NAE_ERA_R-2078_Sihtasutus_Eesti_Kontsert, lk 168
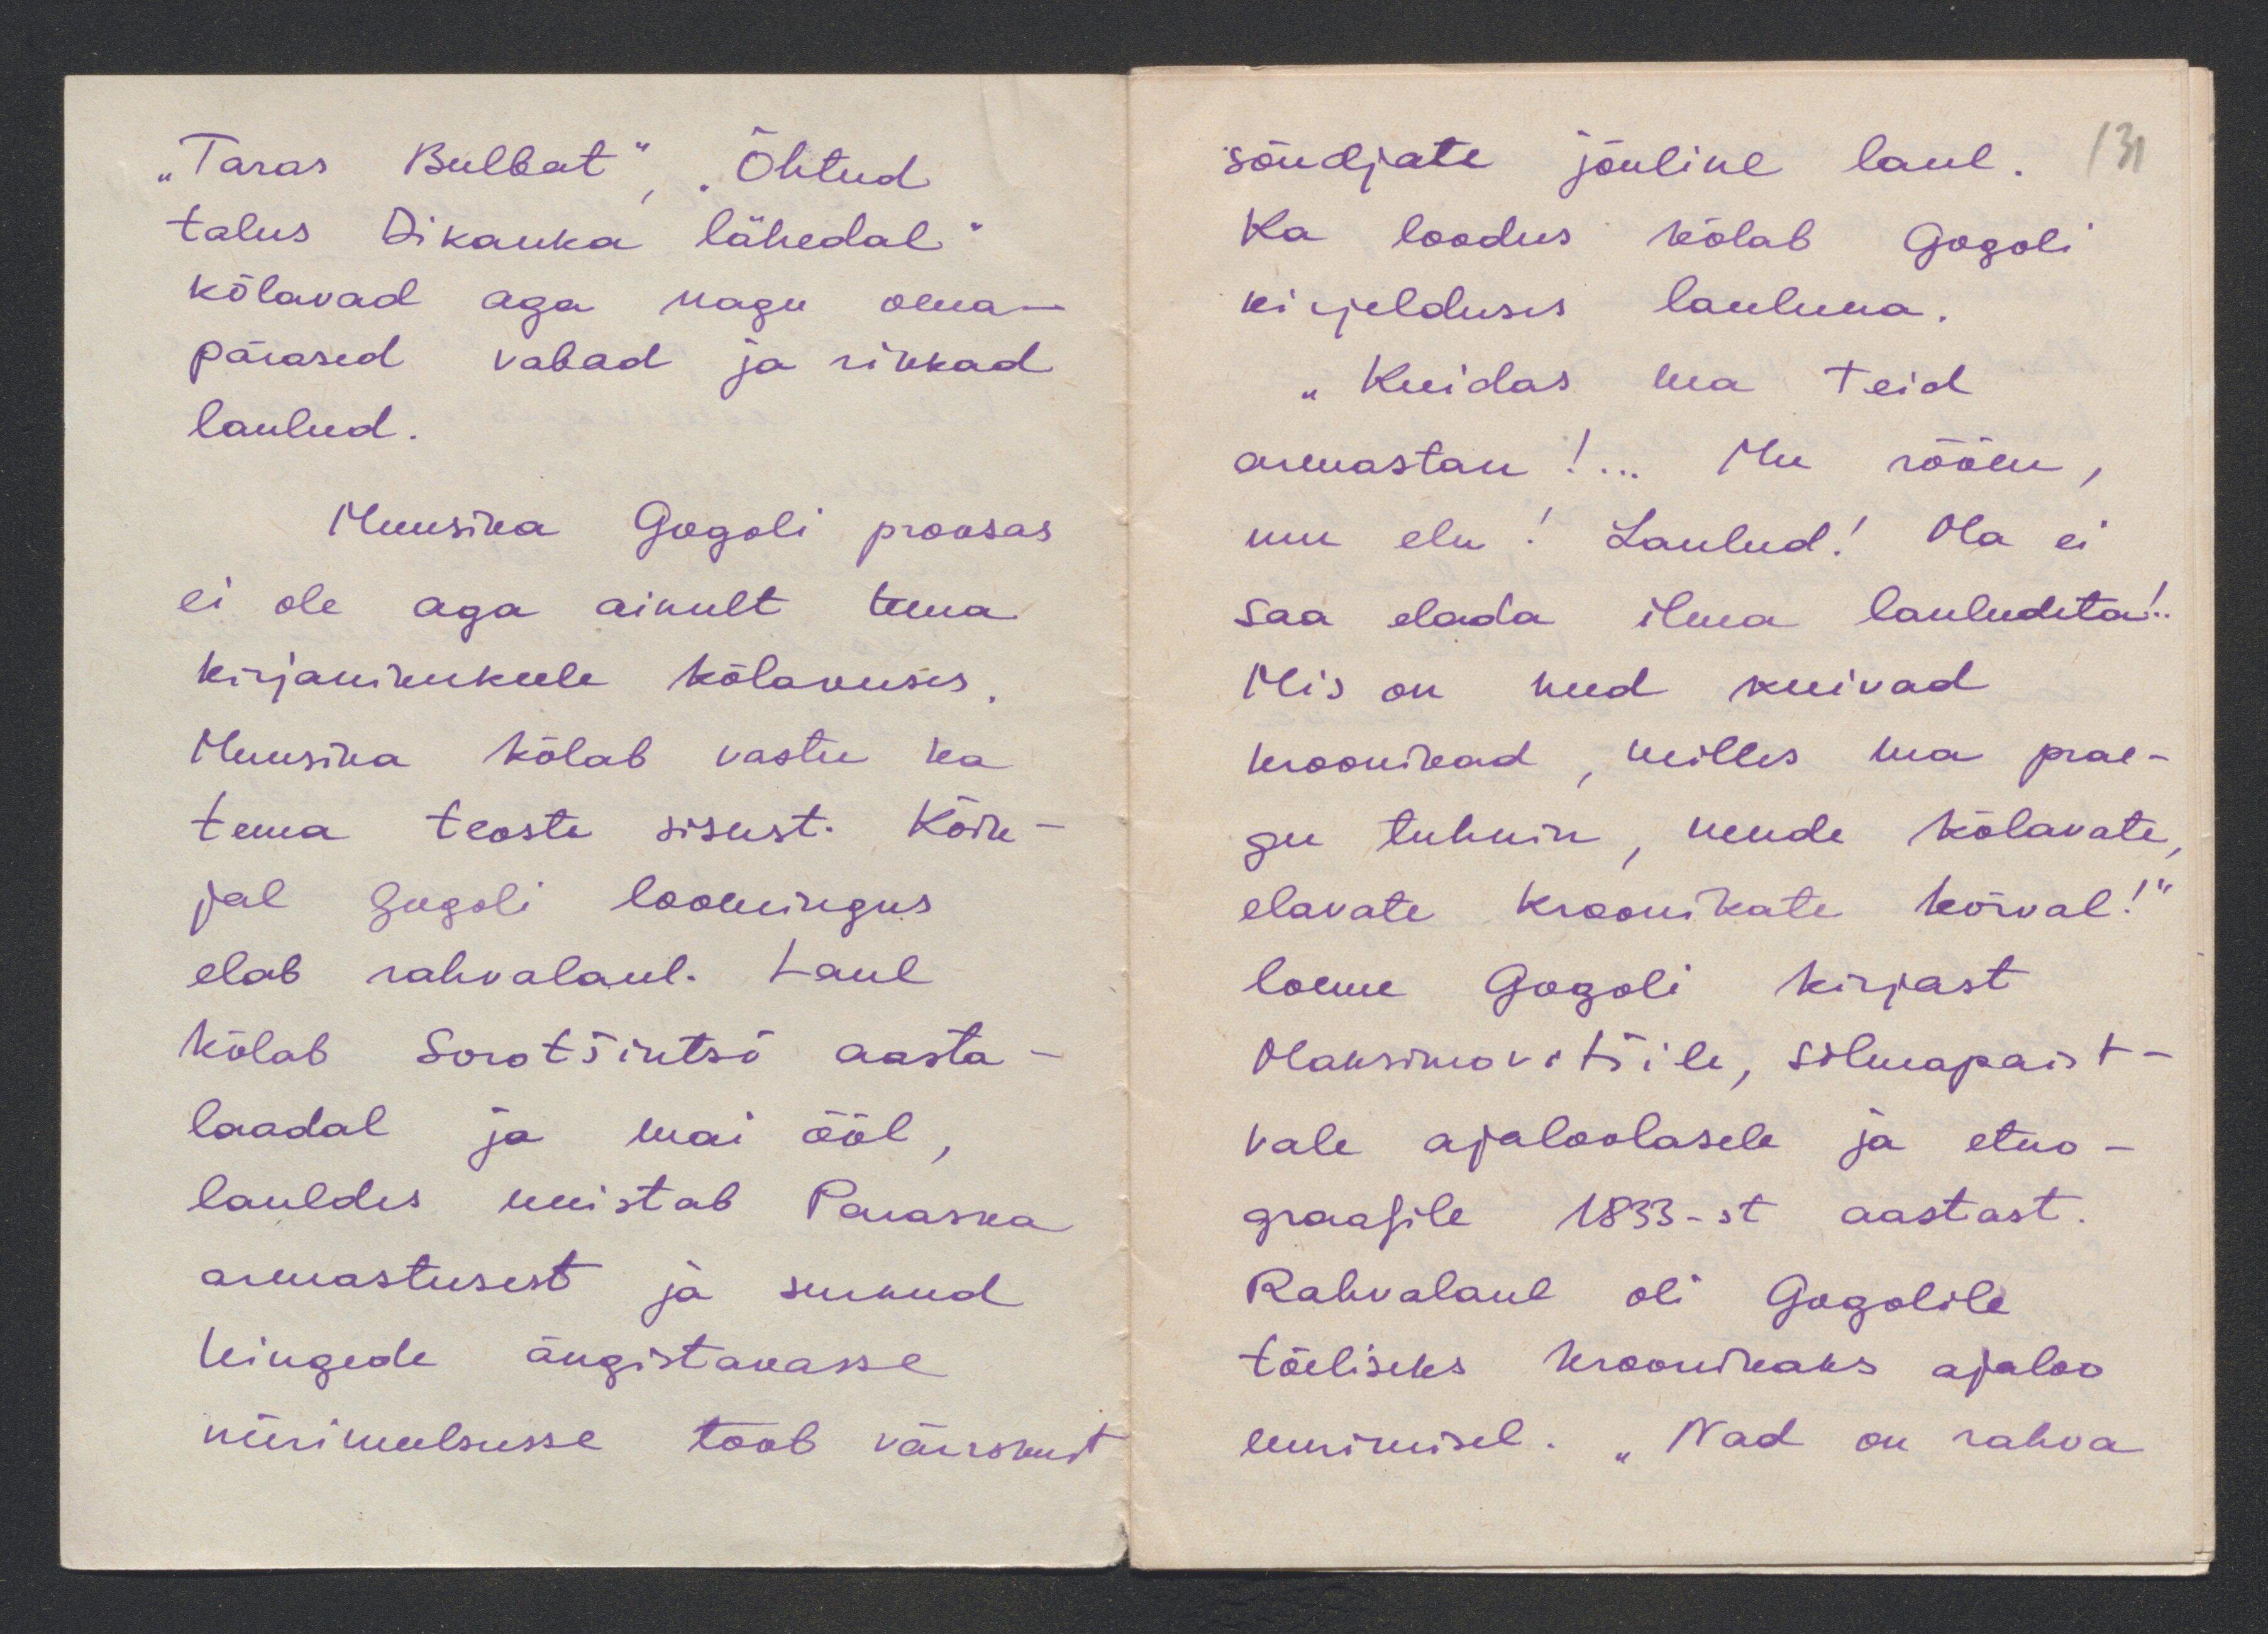
„Taras Bulbat“, „Õhtud
talus Dikanka lähedal“
kõlavad aga nagu oma-
pärased vabad ja rikkad
laulud.
Muusika Gogoli proosas
ei ole aga ainult tema
kirjanikukeele kõlavuses.
Muusika kõlab vastu ka
tema teoste sisust. Kõik-
jal Gogoli loomingus
elab rahvalaul. Laul
kõlab Sorotšintsi aasta-
laadal ja mai ööl,
lauldes unistab Paraska
armastusest ja surnud
hingede ängistavasse
nürimeelsusse toob värskust

131
sõudjate jõuline laul.
Ka loodus kõlab Gogoli
kirjelduses lauluna.
„Kuidas ma Teid
armastan!... Mu rõõm,
mu elu! Laulud! Ma ei
saa elada ilma lauludeta!.
Mis on need kuivad
kroonikad, milles ma prae-
gu tuhnin, nende kõlavate
elavate kroonikate kõrval!“
loeme Gogoli kirjast
Maksimovitšile, silmapaist-
vale ajaloolasele ja etno-
graafile 1833-st aastast.
Rahvalaul oli Gogolile
tõeliseks kroonikaks ajaloo
uurimisel. „Nad on rahva